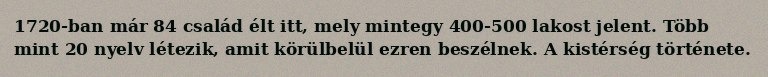
1720-ban már 84 család élt itt, mely mintegy 400-500 lakost jelent. Több mint 20 nyelv létezik, amit körülbelül ezren beszélnek. A kistérség története.